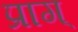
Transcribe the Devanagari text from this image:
प्राग्‌